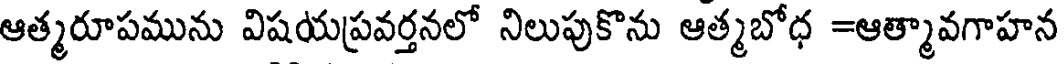
ఆత్మరూపమును విషయప్రవర్తనలో నిలుపుకొను ఆత్మబోధ =ఆత్మావగాహన